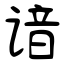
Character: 谙